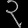
Digit: ၃